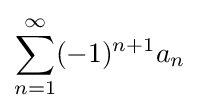
\sum _{n=1}^{\infty }(-1)^{n+1}a_{n}